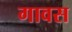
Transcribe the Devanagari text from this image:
गावस